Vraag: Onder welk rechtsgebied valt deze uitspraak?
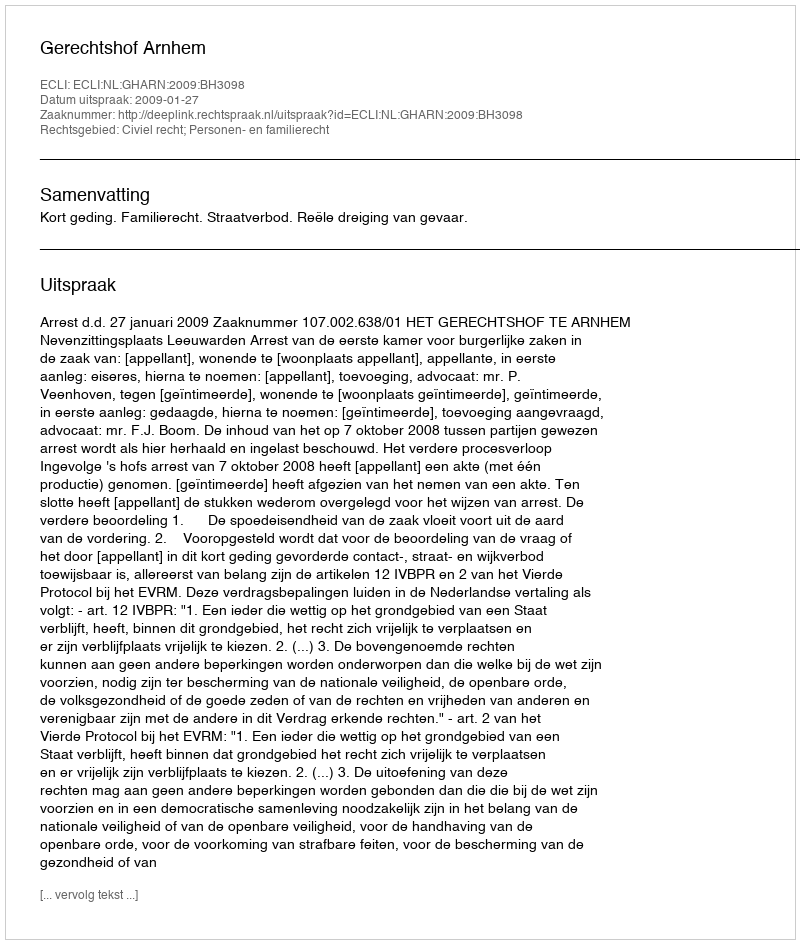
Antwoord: Civiel recht; Personen- en familierecht